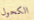
الكحول